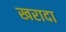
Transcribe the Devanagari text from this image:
खरादा